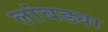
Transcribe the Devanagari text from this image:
लांबड्या